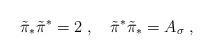
LaTeX: \begin{align*}\tilde\pi_*\tilde\pi^*=2\;,\quad\tilde\pi^*\tilde\pi_*=A_\sigma\;,\end{align*}